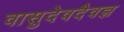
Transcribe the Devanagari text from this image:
वासुदेवदैवज्ञ